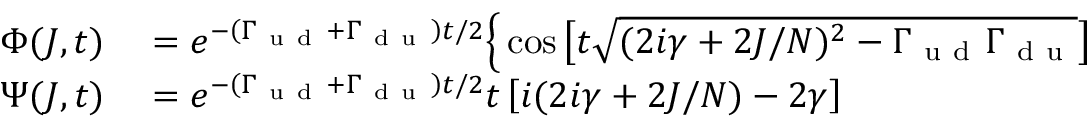
\begin{array} { r l } { \Phi ( J , t ) } & { { } = e ^ { - \left( \Gamma _ { \mathrm { ~ u ~ d ~ } } + \Gamma _ { \mathrm { ~ d ~ u ~ } } \right) t / 2 } \Big \{ \cos \big [ t \sqrt { ( 2 i \gamma + 2 J / N ) ^ { 2 } - \Gamma _ { \mathrm { ~ u ~ d ~ } } \Gamma _ { \mathrm { ~ d ~ u ~ } } } \big ] } \\ { \Psi ( J , t ) } & { { } = e ^ { - \left( \Gamma _ { \mathrm { ~ u ~ d ~ } } + \Gamma _ { \mathrm { ~ d ~ u ~ } } \right) t / 2 } t \left[ i ( 2 i \gamma + 2 J / N ) - 2 \gamma \right] } \end{array}